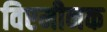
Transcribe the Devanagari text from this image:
विएमीनक